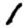
Digit: 1